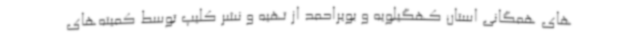
های همگانی استان کهگیلویه و بویراحمد از تهیه و نشر کلیپ توسط کمیته‌های